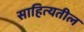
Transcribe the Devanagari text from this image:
साहित्यतील